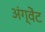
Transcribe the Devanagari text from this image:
अंग्वेंट